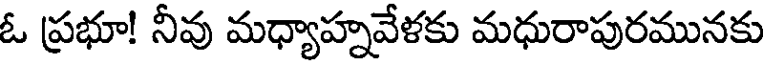
ఓ ప్రభూ! నీవు మధ్యాహ్నవేళకు మధురాపురమునకు